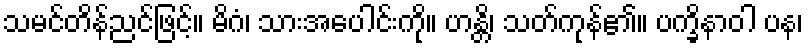
သမင်တိန်ညင်ဖြင့်။ မိဂံ၊ သားအပေါင်းကို။ ဟန္တိ၊ သတ်ကုန်၏။ ပက္ခိနာဝါ ပန၊